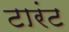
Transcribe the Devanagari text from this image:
टारंट